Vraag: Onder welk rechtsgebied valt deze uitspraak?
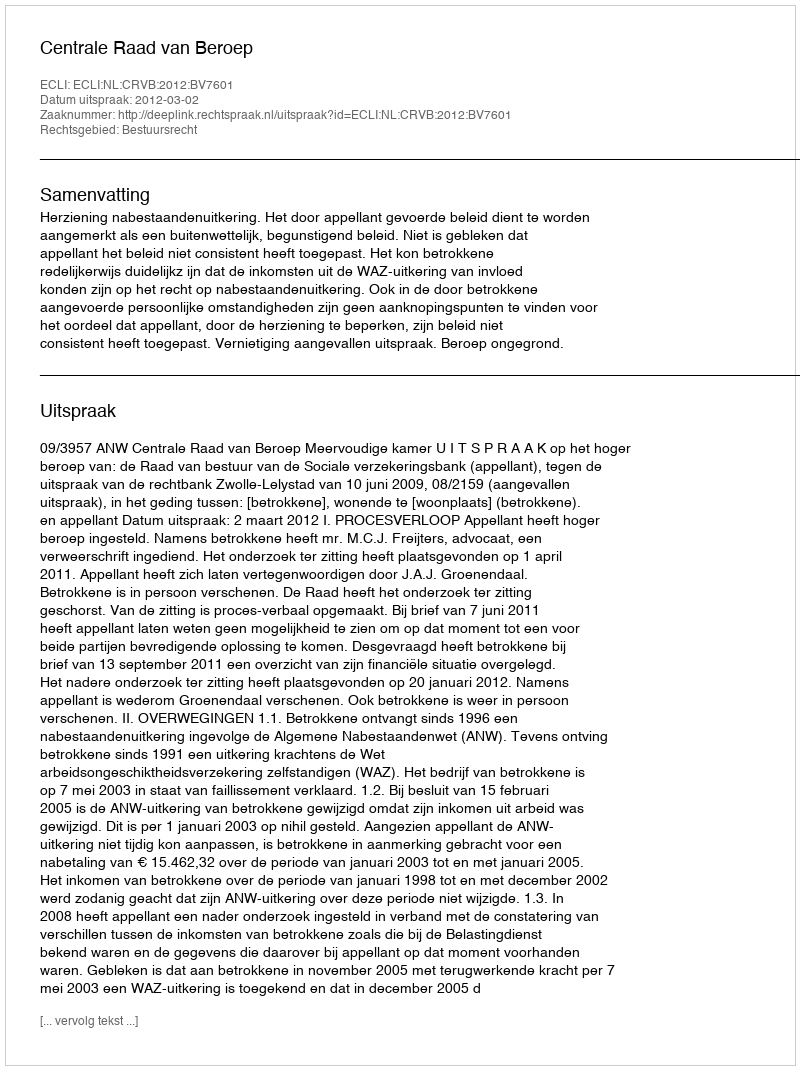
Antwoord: Bestuursrecht